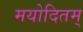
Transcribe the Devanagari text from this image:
मयोदितम्